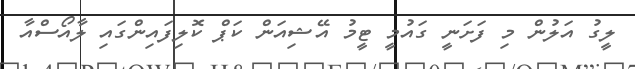
ލީގު އަލުން މި ފަށަނީ ގައުމީ ޓީމު އޭޝިއަން ކަޕް ކޮލިފައިންގައި ލާއޯސްއާ